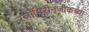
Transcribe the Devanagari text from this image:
रत्नागिरीनजीकच्या